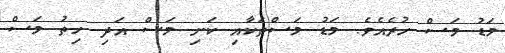
މަޑު މަސް ހުރެއެވެ. މަޑު މަސްތަކާއި ކަށި މަސް އަދި ހިތު މަސް